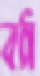
বঠা